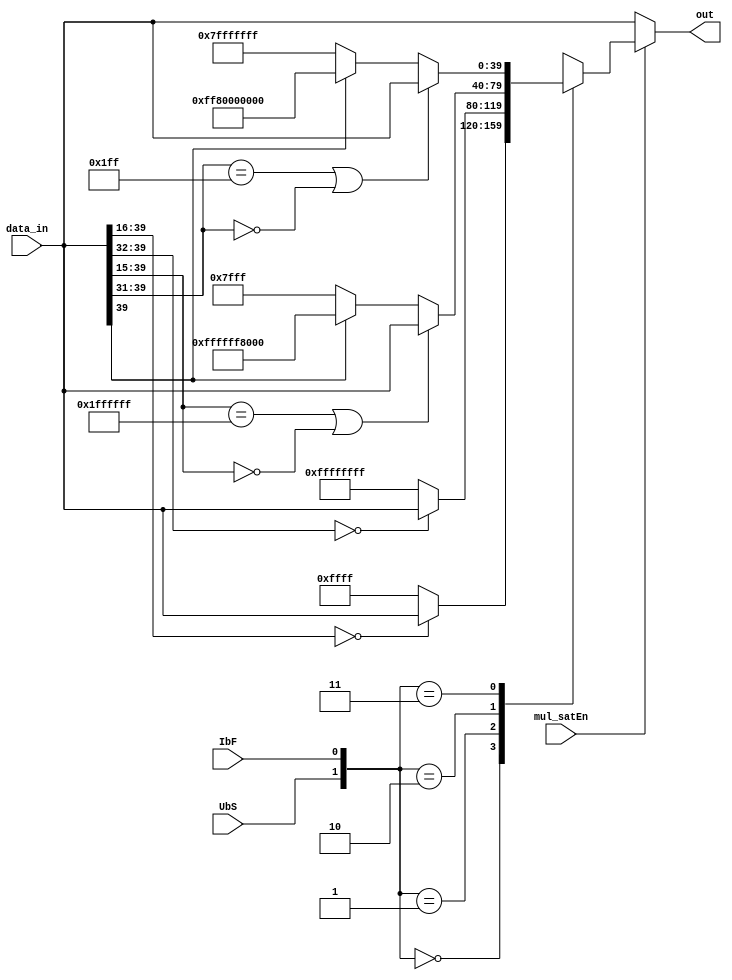
module mul_sat	
		#(parameter SIZE=16)
		(
		input wire mul_satEn,	
		input wire[(SIZE*5/2)-1:0] data_in, 	//40 bit data from MR
		input wire UbS, IbF, 		
		output reg[(SIZE*5/2)-1:0] out		//40 bit output
		);

	always@(*)
	begin
		if(mul_satEn)	//enable only for SAT instruction. Internally generated by multiplier top module
		begin
			case( {UbS,IbF} )		//ps_mul_mrUbS
			
				2'b00:	//UI
					out = (data_in[(SIZE*5/2)-1:SIZE]=={ (SIZE*5/2 - SIZE){1'h0} }) ? data_in : 40'h00_0000_FFFF;		//DATA_IN[39:16]== 24 zeros
				
				2'b01:	//UF
					out = (data_in[(SIZE*5/2)-1:SIZE*2]=={(SIZE/2){1'h0}}) ? data_in : 40'h00_FFFF_FFFF;		//data_in[39:32]==8'h00
				
				2'b10:	//SI
					if(data_in[(SIZE*5/2)-1:SIZE-1]=={ (SIZE*5/2 - SIZE + 1){1'h1}} | data_in[(SIZE*5/2)-1:SIZE-1]=={ (SIZE*5/2 - SIZE + 1){1'h0}})				//data_in[39:15]== 25 ones or 25 zeros
						out=data_in;
					else
						out = data_in[(SIZE*5/2)-1] ? 40'hFF_FFFF_8000 : 40'h00_0000_7FFF;
			
			
				2'b11:	//SF
					if(data_in[(SIZE*5/2)-1:SIZE*2-1]=={ (SIZE*5/2 - 2*SIZE +1){1'h1}} | data_in[(SIZE*5/2)-1:SIZE*2-1]=={ (SIZE*5/2 - 2*SIZE + 1){1'h0}})			//data_in[39:31]== 9 ones or 9 zeros
						out=data_in;
					else
						out = data_in[(SIZE*5/2)-1] ? 40'hFF_8000_0000 : 40'h00_7FFF_FFFF;			//data_in[39] MSB
			endcase
		end
		else
			out=data_in;
	end
endmodule